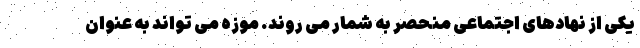
یکی از نهادهای اجتماعی منحصر به شمار می روند. موزه می تواند به عنوان